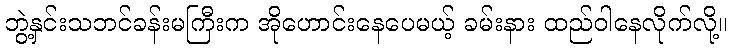
ဘွဲ့နှင်းသဘင်ခန်းမကြီးက အိုဟောင်းနေပေမယ့် ခမ်းနား ထည်ဝါနေလိုက်လို့။